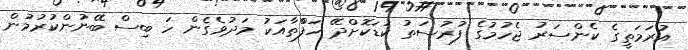
އުރަމަތީގެ ކެންސަރު ޖެހުމުގެ ފުރުސަތު ކުުޑަކޮށްދޭ ހަފްްތާއަކު މަދުވެގެން ހަ ބިސް ބޭނުންކުރުމުން